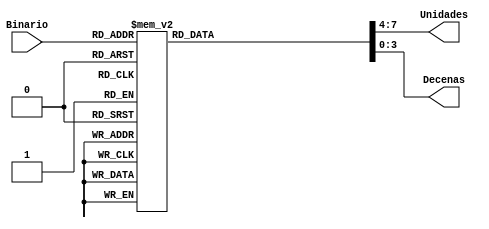
`timescale 1ns / 1ps
//////////////////////////////////////////////////////////////////////////////////
// Company: 
// Engineer: 
// 
// Design Name: 
// Module Name: BinBCD
// Project Name: 
// Target Devices: 
// Tool Versions: 
// Description: 
// 
// Dependencies: 
// 
// Revision:
// Revision 0.01 - File Created
// Additional Comments:
// 
//////////////////////////////////////////////////////////////////////////////////

module BinBCD(
    input [6:0] Binario,
    output reg [3:0] Unidades,
    output reg [3:0] Decenas
    );

    always @(Binario)
        begin
            case(Binario)
                0:begin Decenas=4'h0;Unidades=4'h0;end
                1:begin Decenas=4'h0;Unidades=4'h1;end
                2:begin Decenas=4'h0;Unidades=4'h2;end
                3:begin Decenas=4'h0;Unidades=4'h3;end
                4:begin Decenas=4'h0;Unidades=4'h4;end
                5:begin Decenas=4'h0;Unidades=4'h5;end
                6:begin Decenas=4'h0;Unidades=4'h6;end
                7:begin Decenas=4'h0;Unidades=4'h7;end
                8:begin Decenas=4'h0;Unidades=4'h8;end
                9:begin Decenas=4'h0;Unidades=4'h9;end
                10:begin Decenas=4'h1;Unidades=4'h0;end
                11:begin Decenas=4'h1;Unidades=4'h1;end
                12:begin Decenas=4'h1;Unidades=4'h2;end
                13:begin Decenas=4'h1;Unidades=4'h3;end
                14:begin Decenas=4'h1;Unidades=4'h4;end
                15:begin Decenas=4'h1;Unidades=4'h5;end
                16:begin Decenas=4'h1;Unidades=4'h6;end
                17:begin Decenas=4'h1;Unidades=4'h7;end
                18:begin Decenas=4'h1;Unidades=4'h8;end
                19:begin Decenas=4'h1;Unidades=4'h9;end
                20:begin Decenas=4'h2;Unidades=4'h0;end
                21:begin Decenas=4'h2;Unidades=4'h1;end
                22:begin Decenas=4'h2;Unidades=4'h2;end
                23:begin Decenas=4'h2;Unidades=4'h3;end
                24:begin Decenas=4'h2;Unidades=4'h4;end
                25:begin Decenas=4'h2;Unidades=4'h5;end
                26:begin Decenas=4'h2;Unidades=4'h6;end
                27:begin Decenas=4'h2;Unidades=4'h7;end
                28:begin Decenas=4'h2;Unidades=4'h8;end
                29:begin Decenas=4'h2;Unidades=4'h9;end
                30:begin Decenas=4'h3;Unidades=4'h0;end
                31:begin Decenas=4'h3;Unidades=4'h1;end
                32:begin Decenas=4'h3;Unidades=4'h2;end
                33:begin Decenas=4'h3;Unidades=4'h3;end
                34:begin Decenas=4'h3;Unidades=4'h4;end
                35:begin Decenas=4'h3;Unidades=4'h5;end
                36:begin Decenas=4'h3;Unidades=4'h6;end
                37:begin Decenas=4'h3;Unidades=4'h7;end
                38:begin Decenas=4'h3;Unidades=4'h8;end
                39:begin Decenas=4'h3;Unidades=4'h9;end
                40:begin Decenas=4'h4;Unidades=4'h0;end
                41:begin Decenas=4'h4;Unidades=4'h1;end
                42:begin Decenas=4'h4;Unidades=4'h2;end
                43:begin Decenas=4'h4;Unidades=4'h3;end
                44:begin Decenas=4'h4;Unidades=4'h4;end
                45:begin Decenas=4'h4;Unidades=4'h5;end
                46:begin Decenas=4'h4;Unidades=4'h6;end
                47:begin Decenas=4'h4;Unidades=4'h7;end
                48:begin Decenas=4'h4;Unidades=4'h8;end
                49:begin Decenas=4'h4;Unidades=4'h9;end
                50:begin Decenas=4'h5;Unidades=4'h0;end
                51:begin Decenas=4'h5;Unidades=4'h1;end
                52:begin Decenas=4'h5;Unidades=4'h2;end
                53:begin Decenas=4'h5;Unidades=4'h3;end
                54:begin Decenas=4'h5;Unidades=4'h4;end
                55:begin Decenas=4'h5;Unidades=4'h5;end
                56:begin Decenas=4'h5;Unidades=4'h6;end
                57:begin Decenas=4'h5;Unidades=4'h7;end
                58:begin Decenas=4'h5;Unidades=4'h8;end
                59:begin Decenas=4'h5;Unidades=4'h9;end
                60:begin Decenas=4'h6;Unidades=4'h0;end
                61:begin Decenas=4'h6;Unidades=4'h1;end
                62:begin Decenas=4'h6;Unidades=4'h2;end
                63:begin Decenas=4'h6;Unidades=4'h3;end
                64:begin Decenas=4'h6;Unidades=4'h4;end
                65:begin Decenas=4'h6;Unidades=4'h5;end
                66:begin Decenas=4'h6;Unidades=4'h6;end
                67:begin Decenas=4'h6;Unidades=4'h7;end
                68:begin Decenas=4'h6;Unidades=4'h8;end
                69:begin Decenas=4'h6;Unidades=4'h9;end
                70:begin Decenas=4'h7;Unidades=4'h0;end
                71:begin Decenas=4'h7;Unidades=4'h1;end
                72:begin Decenas=4'h7;Unidades=4'h2;end
                73:begin Decenas=4'h7;Unidades=4'h3;end
                74:begin Decenas=4'h7;Unidades=4'h4;end
                75:begin Decenas=4'h7;Unidades=4'h5;end
                76:begin Decenas=4'h7;Unidades=4'h6;end
                77:begin Decenas=4'h7;Unidades=4'h7;end
                78:begin Decenas=4'h7;Unidades=4'h8;end
                79:begin Decenas=4'h7;Unidades=4'h9;end
                80:begin Decenas=4'h8;Unidades=4'h0;end
                81:begin Decenas=4'h8;Unidades=4'h1;end
                82:begin Decenas=4'h8;Unidades=4'h2;end
                83:begin Decenas=4'h8;Unidades=4'h3;end
                84:begin Decenas=4'h8;Unidades=4'h4;end
                85:begin Decenas=4'h8;Unidades=4'h5;end
                86:begin Decenas=4'h8;Unidades=4'h6;end
                87:begin Decenas=4'h8;Unidades=4'h7;end
                88:begin Decenas=4'h8;Unidades=4'h8;end
                89:begin Decenas=4'h8;Unidades=4'h9;end
                90:begin Decenas=4'h9;Unidades=4'h0;end
                91:begin Decenas=4'h9;Unidades=4'h1;end
                92:begin Decenas=4'h9;Unidades=4'h2;end
                93:begin Decenas=4'h9;Unidades=4'h3;end
                94:begin Decenas=4'h9;Unidades=4'h4;end
                95:begin Decenas=4'h9;Unidades=4'h5;end
                96:begin Decenas=4'h9;Unidades=4'h6;end
                97:begin Decenas=4'h9;Unidades=4'h7;end
                98:begin Decenas=4'h9;Unidades=4'h8;end
                99:begin Decenas=4'h9;Unidades=4'h9;end
                default:begin Decenas=4'hZ;Unidades=4'hZ;end
            endcase  
        end
endmodule